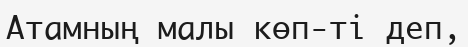
Атамның малы көп-ті деп,